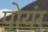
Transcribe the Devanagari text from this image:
पोयंर